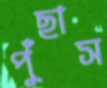
পুঁছাস